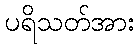
ပရိသတ်အား